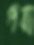
পবা